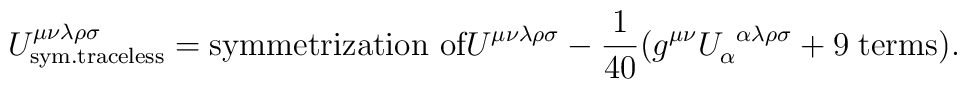
U^{\mu \nu \lambda \rho \sigma}_{\rm{sym.traceless}}=\hbox{symmetrization of}U^{\mu \nu \lambda \rho \sigma}-\frac{1}{40}(g^{\mu\nu}U_\alpha^{\;\;\alpha\lambda \rho \sigma}+{\rm 9\; terms}).